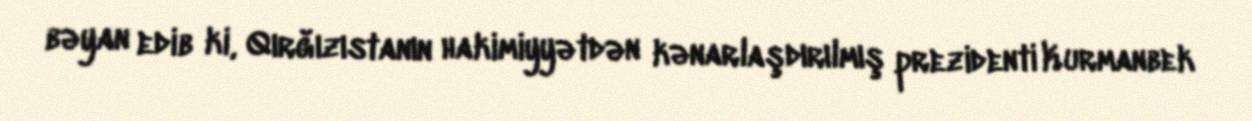
bəyan edib ki, Qırğızıstanın hakimiyyətdən kənarlaşdırılmış prezidenti Kurmanbek